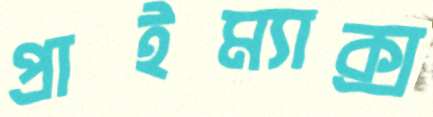
প্রাইম্যাক্স